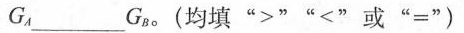
则G_{A}___G_{B}。(均填”>””<”或”=”)